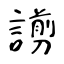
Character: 謭